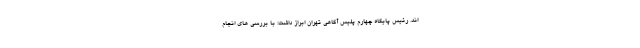
اند. رئیس پایگاه چهارم پلیس آگاهی تهران ابراز داشت: با بررسی های انجام